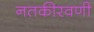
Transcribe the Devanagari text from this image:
नतकीरवणी